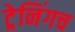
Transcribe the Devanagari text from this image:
ट्रेनिंगच